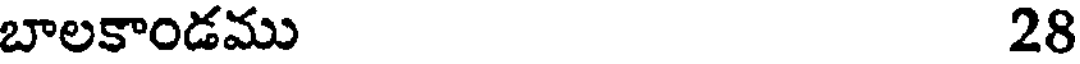
బాలకాండము 28